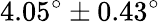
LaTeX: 4.05^{\circ}\pm 0.43^{\circ}